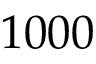
1 0 0 0